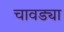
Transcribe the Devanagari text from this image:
चावड्या